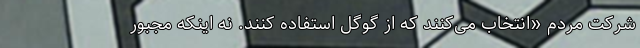
شرکت مردم «انتخاب می‌کنند که از گوگل استفاده کنند. نه اینکه مجبور